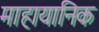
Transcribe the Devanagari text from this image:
माहायानिक